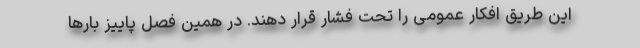
این طریق افکار عمومی را تحت فشار قرار دهند. در همین فصل پاییز بارها